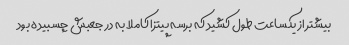
بیشتر از یکساعت طول کشید که برسه پیتزا کاملا به در جعبش چسبیده بود